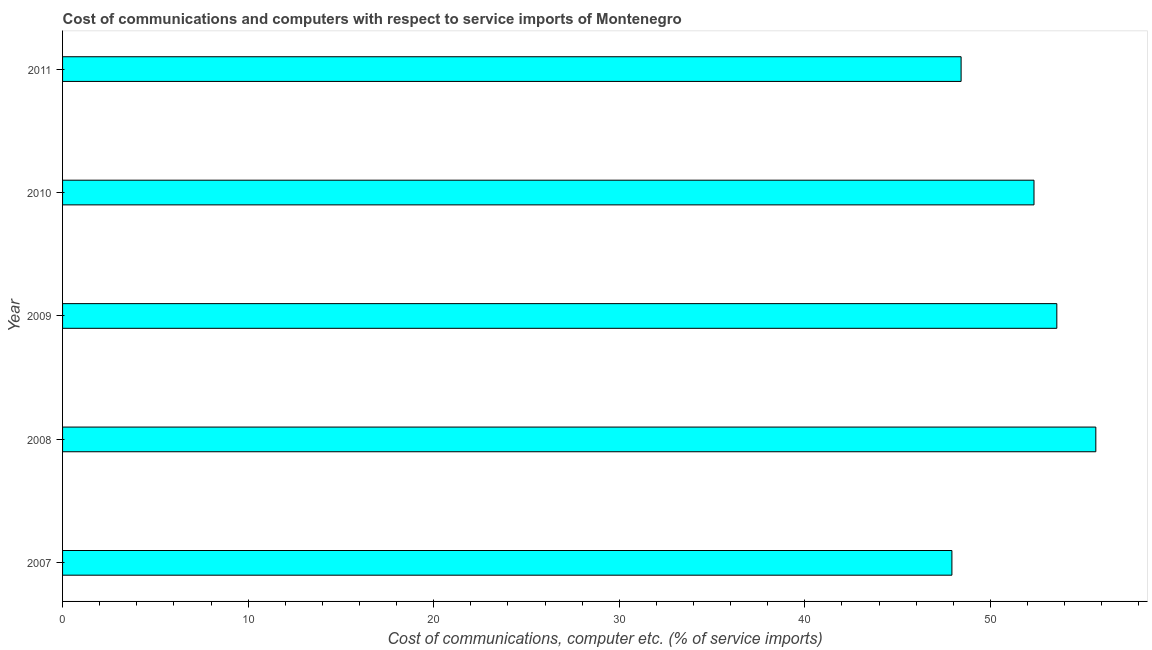
| Year | Communications |
 | --- | --- |
 | 2007 | 47.9 |
 | 2008 | 55.7 |
 | 2009 | 53.6 |
 | 2010 | 52.4 |
 | 2011 | 48.4 |